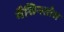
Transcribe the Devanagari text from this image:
मैसिनतोस